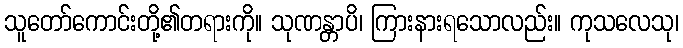
သူတော်ကောင်းတို့၏တရားကို။ သုဏန္တာပိ၊ ကြားနားရသောလည်း။ ကုသလေသု၊